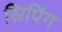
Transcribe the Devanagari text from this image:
स्निपिंग